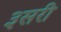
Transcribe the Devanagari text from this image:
३सरी